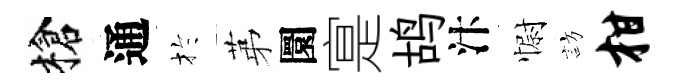
槍通扵苐圜寔鸪汴𢠢訪柑